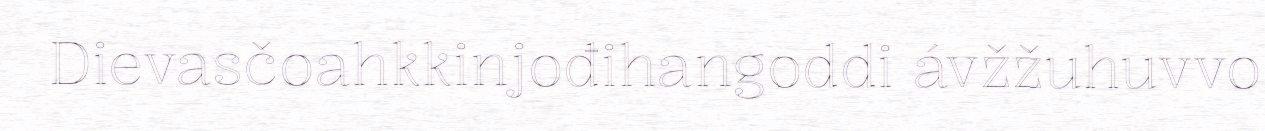
Dievasčoahkkinjođihangoddi ávžžuhuvvo